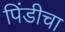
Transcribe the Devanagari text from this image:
पिंडीचा